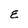
Character: E